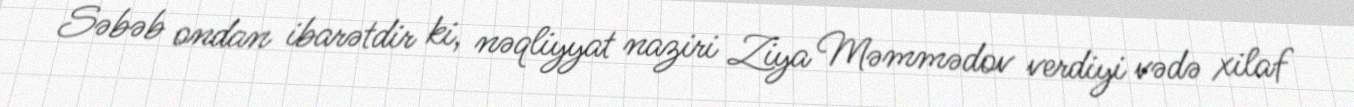
Səbəb ondan ibarətdir ki, nəqliyyat naziri Ziya Məmmədov verdiyi vədə xilaf